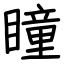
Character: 瞳